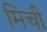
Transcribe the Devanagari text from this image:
मिची